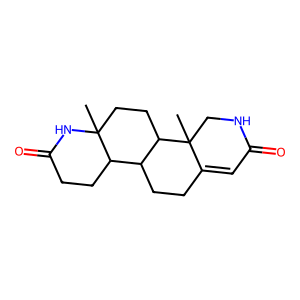
SMILES: CC12CCC3C(CCC4=CC(=O)NCC43C)C1CCC(=O)N2
Inhibits HIV replication: No